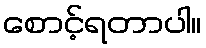
စောင့်ရတာပါ။